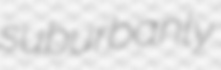
suburbanly